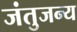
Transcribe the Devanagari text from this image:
जंतुजन्य